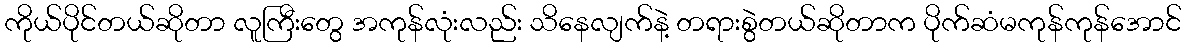
ကိုယ်ပိုင်တယ်ဆိုတာ လူကြီးတွေ အကုန်လုံးလည်း သိနေလျက်နဲ့ တရားစွဲတယ်ဆိုတာက ပိုက်ဆံမကုန်ကုန်အောင်